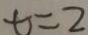
t = 2